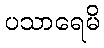
ပသာရေမိ